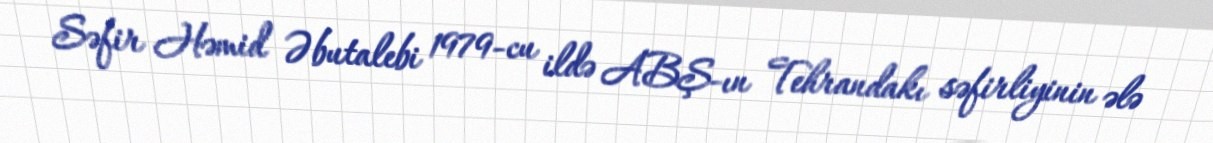
Səfir Həmid Əbutalebi 1979-cu ildə ABŞ-ın Tehrandakı səfirliyinin ələ